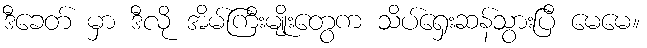
ဒီခေတ် မှာ ဒီလို အိမ်ကြီးမျိုးတွေက သိပ်ရှေးဆန်သွားပြီ မေမေ။